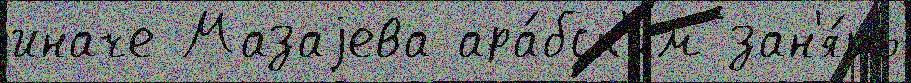
иначе Мазаjева ара́бск'им зан'я́ть